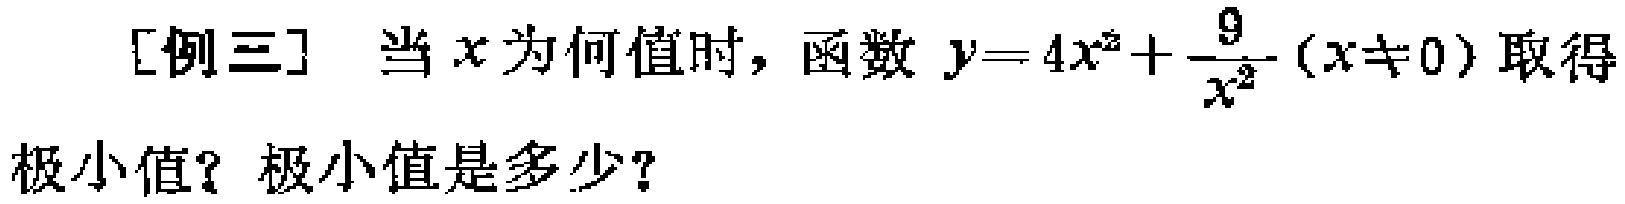
[例三] 当\(x\)为何值时，函数\(y = 4x^{2}+\frac{9}{x^{2}}(x\neq 0)\)取得极小值？极小值是多少？